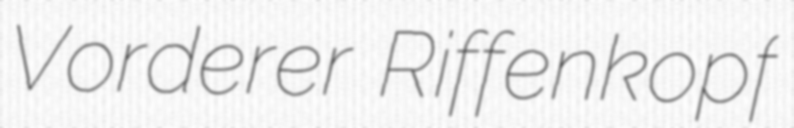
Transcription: Vorderer Riffenkopf